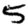
Digit: 5